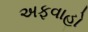
અફવાહો